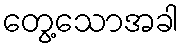
တွေ့သောအခါ